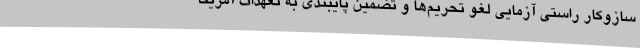
سازوکار راستی آزمایی لغو تحریم‌ها و تضمین پایبندی به تعهدات آمریکا